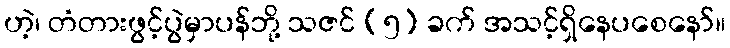
ဟဲ့၊ တံတားဖွင့်ပွဲမှာပန်ဘို့ သဇင် (၅) ခက် အသင့်ရှိနေပစေနော်။